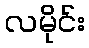
လမိုင်း